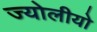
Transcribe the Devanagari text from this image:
ज्योलीयो